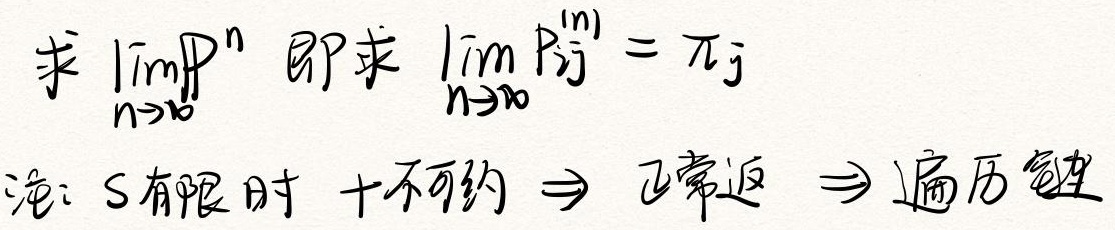
求 $\lim_{n \to \infty} P^n$ 即求 $\lim_{n \to \infty} P_{ij}^{(n)} = \pi_j$

注：$S$ 有限时 + 不可约 $\Rightarrow$ 正常返 $\Rightarrow$ 遍历性